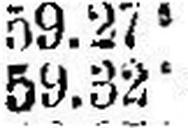
59.325